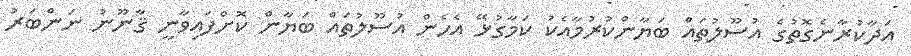
އަދާކުރާނެގޮތުގެ އުސޫލުތައް ބަޔާންކުރުމާއެކު ކަމާގުޅޭ އެހެން އުސޫލުތައް ބަޔާން ކޮށްފައިވާނީ ޤާނޫނު ނަންބަރު